Medical and sanitary report of the native army of Bengal for the year
Year: 1874
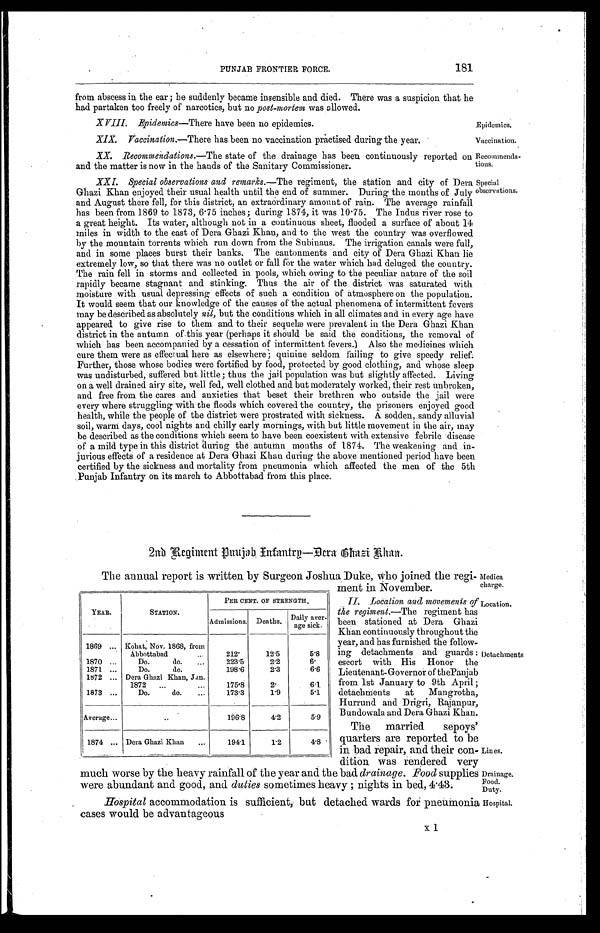
PUNJAB FRONTIER FORCE.
181
from abscess in the ear; he suddenly became insensible and died. There was a suspicion that he
had partaken too freely of narcotics, but no post-mortem was allowed.
XVIII. Epidemics—There have been no epidemics.
XIX. Vaccination.—There has been no vaccination practised during the year.
XX. Recommendations .—The state of the drainage has been continuously reported on
and the matter is now in the hands of the Sanitary Commissioner.
XXI. Special observations and remarks .—The regiment, the station and city of Dera
Ghazi Khan enjoyed their usual health until the end of summer. During the months of July
and August there fell, for this district, an extraordinary amount of rain. The average rainfall
has been from 1869 to 1873, 6.75 inches; during 1874, it was 10.75. The Indus river rose to
a great height. Its water, although not in a continuous sheet, flooded a surface of about 14
miles in width to the east of Dera Ghazi Khan, and to the west the country was overflowed
by the mountain torrents which run down from the Subinaus. The irrigation canals were full,
and in some places burst their banks. The cantonments and city of Dera Ghazi Khan lie
extremely low, so that there was no outlet or fall for the water which had deluged the country.
The rain fell in storms and collected in pools, which owing to the peculiar nature of the soil
rapidly became stagnant and stinking. Thus the air of the district was saturated with
moisture with usual depressing effects of such a condition of atmosphere on the population.
It would seem that our knowledge of the causes of the actual phenomena of intermittent fevers
may be described as absolutely nil, but the conditions which in all climates and in every age have
appeared to give rise to them and to their sequelæ were prevalent in the Dera Ghazi Khan
district in the autumn of this year (perhaps it should be said the conditions, the removal of
which has been accompanied by a cessation of intermittent fevers.) Also the medicines which
cure them were as effectual here as elsewhere; quinine seldom failing to give speedy relief.
Further, those whose bodies were fortified by food, protected by good clothing, and whose sleep
was undisturbed, suffered but little; thus the jail population was but slightly affected. Living
on a well drained airy site, well fed, well clothed and but moderately worked, their rest unbroken,
and free from the cares and anxieties that beset their brethren who outside the jail were
every where struggling with the floods which covered the country, the prisoners enjoyed good
health, while the people of the district were prostrated with sickness. A sodden, sandy alluvial
soil, warm days, cool nights and chilly early mornings, with but little movement in the air, may
be described as the conditions which seem to have been coexistent with extensive febrile disease
of a mild type in this district during the autumn months of 1874. The weakening and in-
jurious effects of a residence at Dera Ghazi Khan during the above mentioned period have been
certified by the sickness and mortality from pneumonia which affected the men of the 5th
Punjab Infantry on its march to Abbottabad from this place.
Epidemics.
Vaccination,
Recommenda-
tions.
Special
observations.
2nd Regiment Infantry— Dera Ghazi Khan.
The annual report is written by Surgeon Joshua Duke, who joined the regi-
YEAR.
STATION.
PER CENT. OF STRENGTH.
Admissions. Deaths. Daily aver-
age sick.
1869 ... Kohat, Nov. 1868, from
Abbottabad
...
2 1 2 . 12.5
5.8
1870 ...
Do.
do. ...
223.5
2.2
6.
1871 ...
Do.
do.
198.6
2.3
6.6
1872 ... Dera Ghazi Khan, Jan.
1872 ...
. . .
175.8
2.
6 . 1
1873 ...
Do.
do. ...
173.3
1.9
5.1
Average...
. . 1 9 6 . 8
4.2
5.9
1874 ... Dera Ghazi Khan ...
194.1
1.2
4.8
ment in November:
II. Location and movements of
the regiment.—The regiment has
been stationed at Dera Ghazi
Khan continuously throughout the
year, and has furnished the follow-
ing detachments and guards:
escort with His Honor the
Lieutenant-Governor of the Panjab
from 1st January to 9th April;
detachments at Mangrotha,
Hurrund and Drigri, Rajanpur,
Bundowala and Dera Ghazi Khan.
The married sepoys'
quarters are reported to be
in bad repair, and their con-
dition was rendered very
much worse by the heavy rainfall of the year and the bad drainage . Food supplies
were abundant and good, and duties sometimes heavy; nights in bed, 4.43:
Hospital accommodation is sufficient, but detached wards for pneumonia
cases would be advantageous
x 1
Medica
charge.
Location.
Detachments
Lines,
Drainage.
Food.
Duty.
lospital.